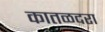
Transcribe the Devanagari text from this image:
कातळदरा